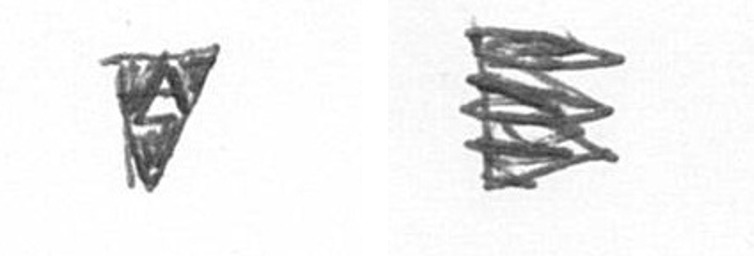
S H